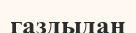
газдыдан